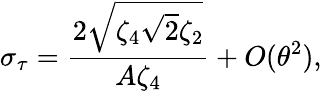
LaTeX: \sigma_{\tau}=\frac{2\sqrt{\zeta_{4}\sqrt{2}\zeta_{2}}}{A\zeta_{4}}+O(\theta^{2}),